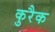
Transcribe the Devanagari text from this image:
कुरैक